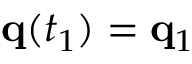
\mathbf { q } ( t _ { 1 } ) = \mathbf { q } _ { 1 }